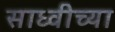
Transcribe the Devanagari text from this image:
साध्वीच्या